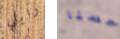
رايلي حسنا